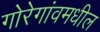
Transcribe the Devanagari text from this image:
गोरेगांवमधील